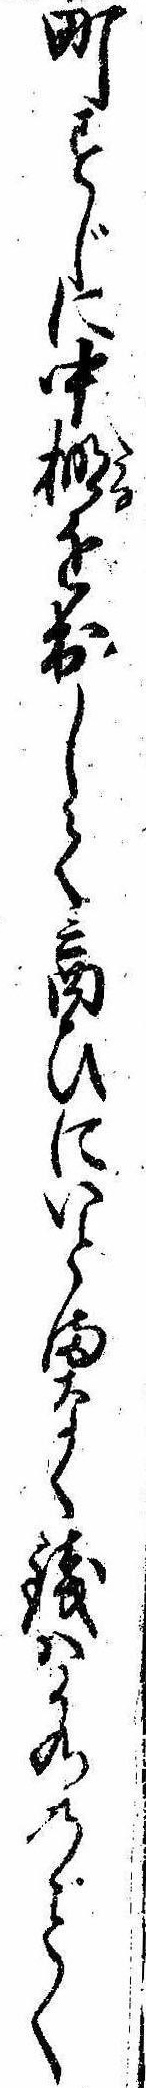
町すじに中棚を出して商ひにいとまなく銭は水のごとく